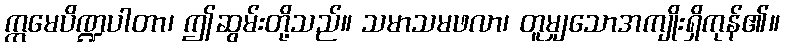
ဣမေပိဏ္ဍပါတာ၊ ဤဆွမ်းတို့သည်။ သမာသမဖလာ၊ တူမျှသောအကျိုးရှိကုန်၏။